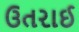
ઉતરાઈ